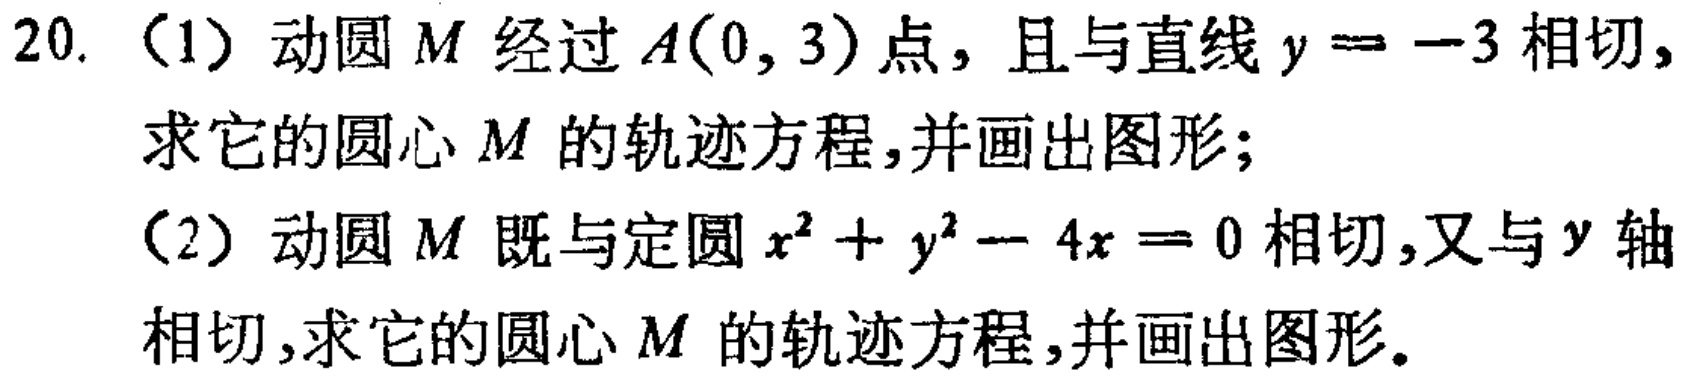
20. （1）动圆\(M\)经过\(A(0,3)\)点，且与直线\(y = -3\)相切，求它的圆心\(M\)的轨迹方程，并画出图形；
（2）动圆\(M\)既与定圆\(x^{2}+y^{2}-4x = 0\)相切，又与\(y\)轴相切，求它的圆心\(M\)的轨迹方程，并画出图形。